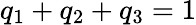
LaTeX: q_{1}+q_{2}+q_{3}=1